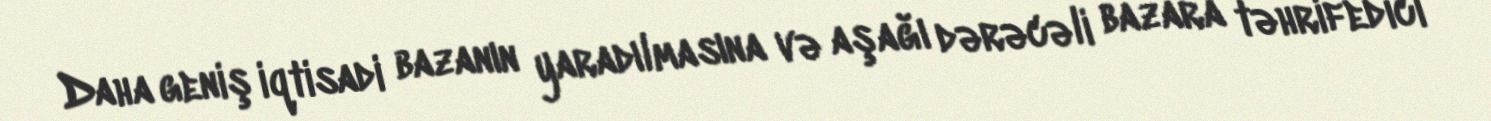
Daha geniş iqtisadi bazanın yaradılmasına və aşağı dərəcəli bazara təhrifedici